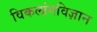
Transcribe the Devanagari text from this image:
विकलांगविज्ञान